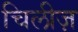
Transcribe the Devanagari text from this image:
चिलीज़